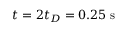
t = 2 t _ { D } = 0 . 2 5 \mathrm { ~ s ~ }